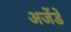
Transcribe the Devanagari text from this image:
अजेंडे